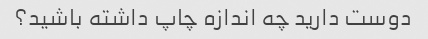
دوست دارید چه اندازه چاپ داشته باشید؟